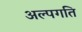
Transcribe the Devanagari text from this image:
अल्पगति